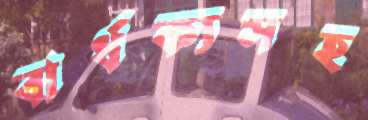
বার্ধক্যসহ